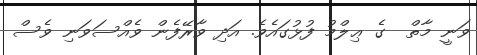
ވަނީ މާތް  ގެ ޢިލްމު ފުޅުގައެވެ. އަދި ވާރޭފެން ވެއްސަވަނި ވެސް